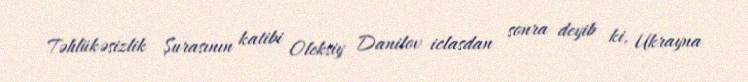
Təhlükəsizlik Şurasının katibi Oleksiy Danilov iclasdan sonra deyib ki, Ukrayna